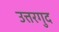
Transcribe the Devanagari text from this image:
उत्तरगुद